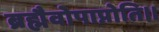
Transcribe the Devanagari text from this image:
ब्रह्मैवोपाप्नोति।।